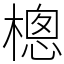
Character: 樬